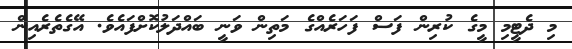
މި ދެޓީމި މީގެ ކުރިން ފަސް ފަހަރެއްގެ މަތިން ވަނީ ބައްދަލުކޮށްފައެވެ. އޭގެތެރެއިން